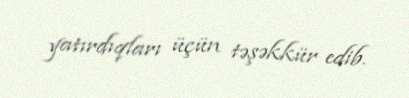
yatırdıqları üçün təşəkkür edib.